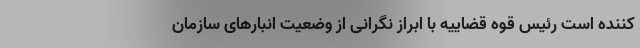
کننده است رئیس قوه قضاییه با ابراز نگرانی از وضعیت انبارهای سازمان